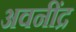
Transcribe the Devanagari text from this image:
अवनींद्र